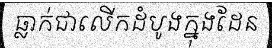
ធ្លាក់ជាលើកដំបូងក្នុងដែន